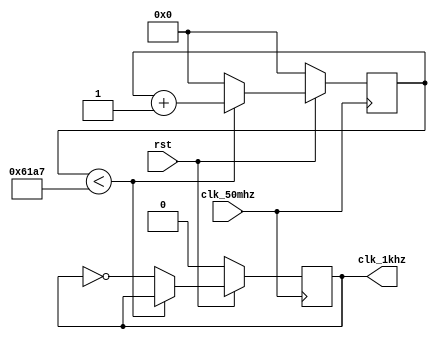
module f_d_50m_1k(clk_50mhz,rst,clk_1khz);
input clk_50mhz,rst;
output clk_1khz;
reg clk_1khz;
reg[31:0]cntl;
parameter N = 50000;
always @(posedge clk_50mhz)
if(!rst)
	begin
		cntl <= 1'b0;
		clk_1khz <= 1'b0;
	end
else
	if(cntl < N/2 -1)
		cntl <= cntl + 1'b1;
	else
		begin
			cntl<=1'b0;
			clk_1khz<= ~clk_1khz;
		end
endmodule